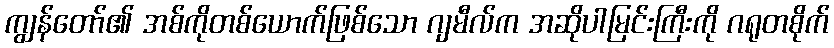
ကျွန်တော်၏ အစ်ကိုတစ်ယောက်ဖြစ်သော ဂျမီလ်က အဆိုပါမြင်းကြီးကို ဂရုတစိုက်